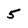
Character: 5